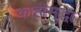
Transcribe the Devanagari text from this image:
काहीसुद्धा